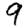
Digit: 9